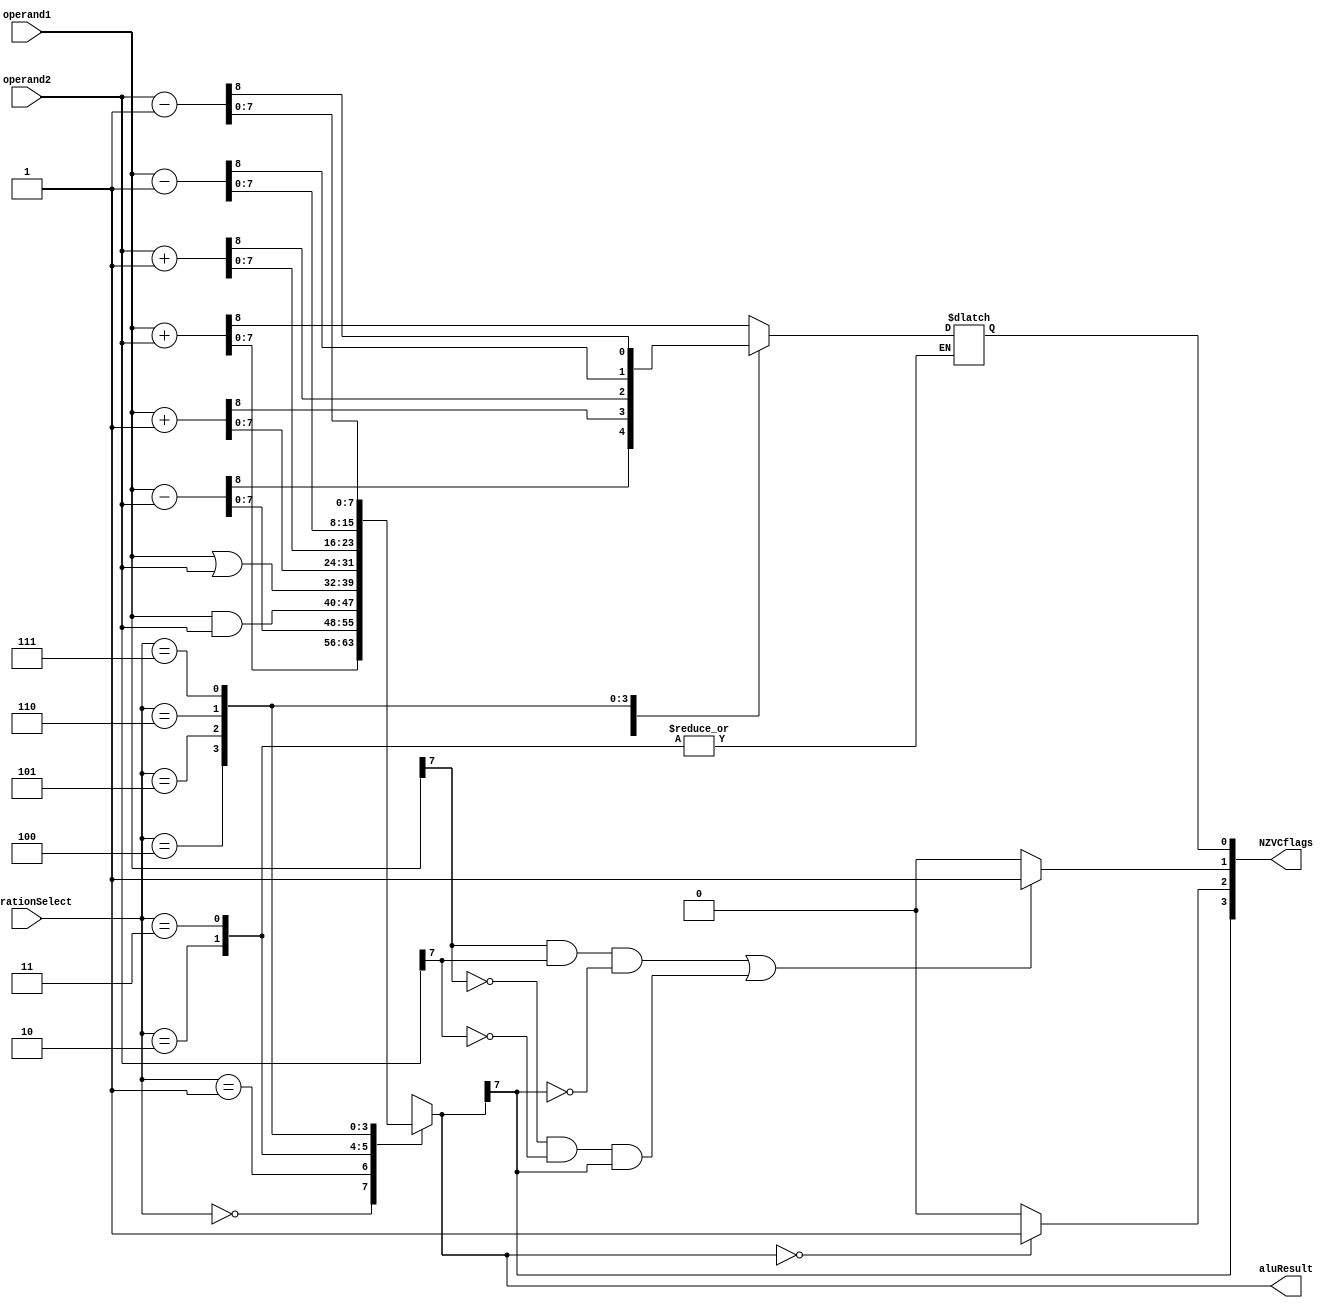
module ALUmodule
	( 
		input wire [7:0] operand1,
		input wire [7:0] operand2,
		output reg [7:0] aluResult,
		input wire [2:0] operationSelect,
		output reg [3:0] NZVCflags
	); 
	
	reg carryFlag;
	
	reg negativeFlag;
	
	reg zeroFlag;
	
	reg overflowFlag;
		
	always@(operand1, operand2, operationSelect)
	begin
		case(operationSelect)
			3'b000: {carryFlag, aluResult} = operand1 + operand2;
			3'b001: {carryFlag, aluResult} = operand1 - operand2;
			3'b010: aluResult = operand1 & operand2; 						//logical AND
			3'b011: aluResult = operand1 | operand2; 						//logical OR
			3'b100: {carryFlag, aluResult} = operand1 + 1'b1;				//increment op1
			3'b101: {carryFlag, aluResult} = operand2 + 1'b1;				//increment op2
			3'b110: {carryFlag, aluResult} = operand1 - 1'b1;				//decrement op1
			3'b111: {carryFlag, aluResult} = operand2 - 1'b1;				//decrement op2
			default: aluResult = 8'b11111111;
		endcase
		
	end
	
	always@(*)
	begin
		if (aluResult == 8'b0000000)
			zeroFlag <= 1'b1;
		else
			zeroFlag <= 1'b0;
			
		if (((operand1[7] == 1'b1) && (operand2[7] == 1'b1) && (aluResult[7] == 1'b0)) || ((operand1[7] == 1'b0) && (operand2[7] == 1'b0) && (aluResult[7] == 1'b1)))
			overflowFlag <= 1'b1;
		else
			overflowFlag <= 1'b0;
			
		negativeFlag <= aluResult[7];
		NZVCflags <= {negativeFlag, zeroFlag, overflowFlag, carryFlag};
		
		
	end
	
endmodule